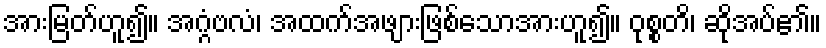
အားမြတ်ဟူ၍။ အဂ္ဂံဗလံ၊ အထက်အဖျားဖြစ်သောအားဟူ၍။ ဝုစ္စတိ၊ ဆိုအပ်၏။